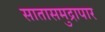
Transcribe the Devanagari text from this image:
सातासमुद्रापार